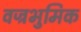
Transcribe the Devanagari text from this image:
वज्रभुमिक